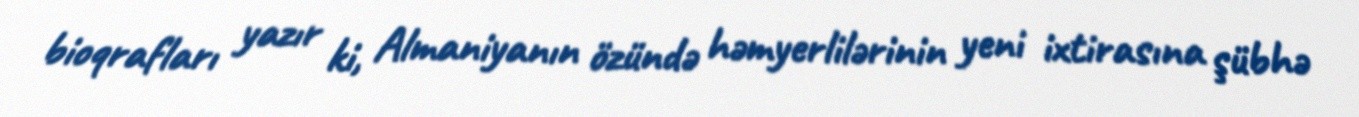
bioqrafları yazır ki, Almaniyanın özündə həmyerlilərinin yeni ixtirasına şübhə